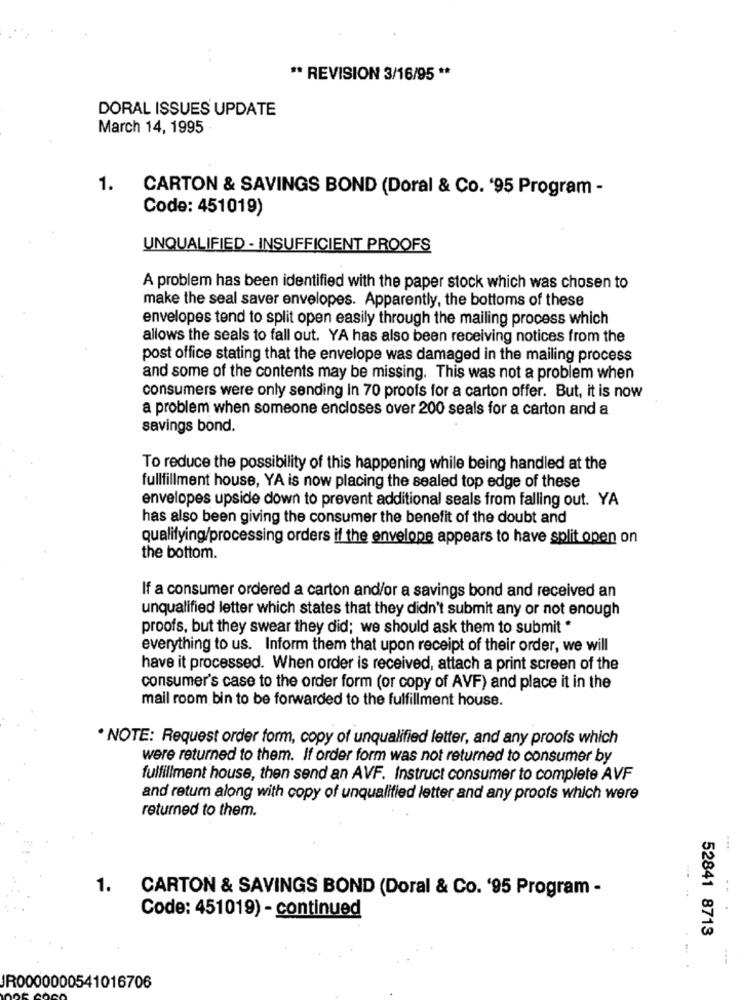
** REVISION 3/16/95 **
DORAL ISSUES UPDATE
March 14, 1995
1.
CARTON & SAVINGS BOND (Doral & Co. '95 Program -
Code: 451019)
UNQUALIFIED - INSUFFICIENT PROOFS
A problem has been identified with the paper stock which was chosen to
make the seal saver envelopes. Apparently, the bottoms of these
envelopes tend to split open easily through the mailing process which
allows the seals to fall out. YA has also been receiving notices from the
post office stating that the envelope was damaged in the mailing process
and some of the contents may be missing. This was not a problem when
consumers were only sending in 70 proofs for a carton offer. But, it is now
a problem when someone encloses over 200 seals for a carton and a
savings bond.
To reduce the possibility of this happening while being handled at the
fullfillment house, YA is now placing the sealed top edge of these
envelopes upside down to prevent additional seals from falling out. YA
has also been giving the consumer the benefit of the doubt and
qualifying/processing orders if the envelope appears to have split open on
the bottom.
If a consumer ordered a carton and/or a savings bond and received an
unqualified letter which states that they didn't submit any or not enough
proofs, but they swear they did; we should ask them to submit *
everything to us. Inform them that upon receipt of their order, we will
have it processed. When order is received, attach a print screen of the
consumer's case to the order form (or copy of AVF) and place it in the
mail room bin to be forwarded to the fulfillment house.
* NOTE: Request order form, copy of unqualified letter, and any proofs which
were returned to them. If order form was not returned to consumer by
fulfillment house, then send an AVF. Instruct consumer to complete AVF
and return along with copy of unqualified letter and any proofs which were
returned to them.
1. CARTON & SAVINGS BOND (Doral & Co. '95 Program -
... ..
Code: 451019) - continued
52841 8713
---
JR0000000541016706